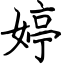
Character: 婷